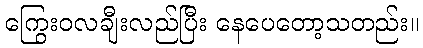
ကြွေးဝလချီးလည်ပြီး နေပေတော့သတည်း။